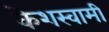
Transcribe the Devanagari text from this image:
केशस्वामी